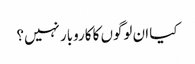
کیا ان لوگوں کا کاروبار نہیں؟